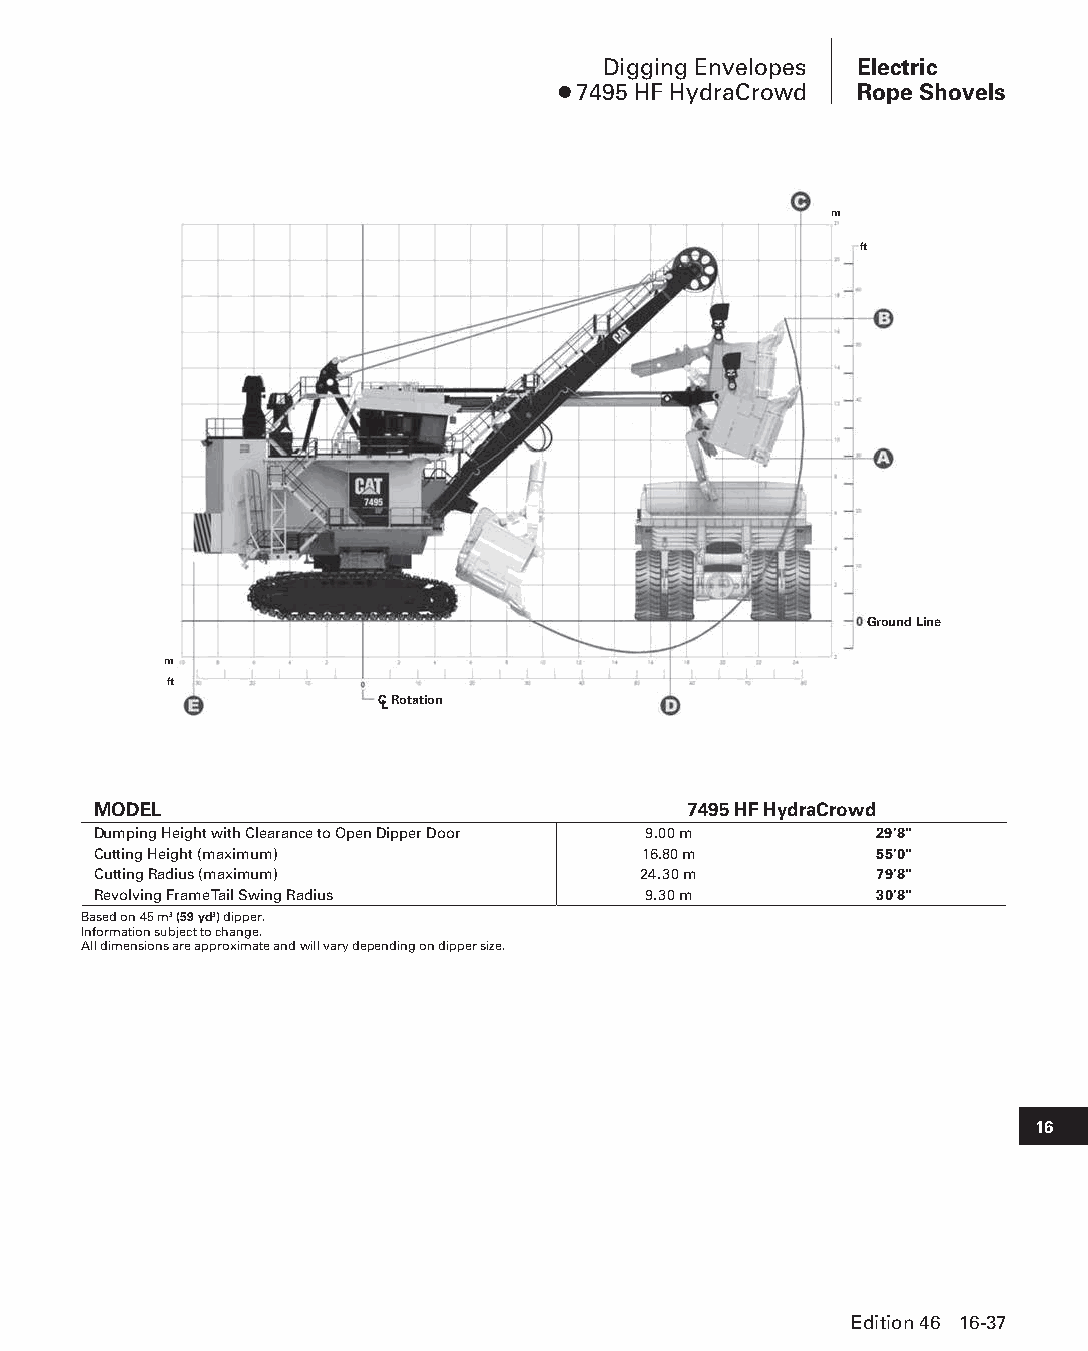
Digging Envelopes Electric
 ● 7495 HF HydraCrowd Rope Shovels
 m
 ft
 Ground Line
 m
 ft
 CL Rotation
 MODEL                                  7495 HF HydraCrowd
 Dumping Height with Clearance to Open Dipper Door 9.00 m 29'8"
 Cutting Height (maximum)            16.80 m        55'0"
 Cutting Radius (maximum)            24.30 m        79'8"
 Revolving Frame Tail Swing Radius   9.30 m         30'8"
 Based on 45 m3 (59 yd3) dipper.
 Information subject to change.
 All dimensions are approximate and will vary depending on dipper size.
 16
 Edition 46 16-37
 PPHHBB--SSeecc1166--EElleeccttrriiccRRooppeeSShhoovveellss((ppgg002255--004488))..iinndddd 3377 1122//44//1155 1100::5533 AAMM